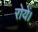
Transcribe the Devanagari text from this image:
रोयें।